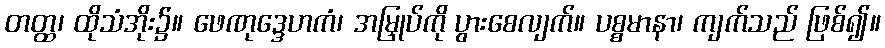
တတ္ထ၊ ထိုသံအိုး၌။ ဖေဏုဒ္ဒေဟကံ၊ အမြှုပ်ကို ပွားစေလျက်။ ပစ္စမာနာ၊ ကျက်သည် ဖြစ်၍။